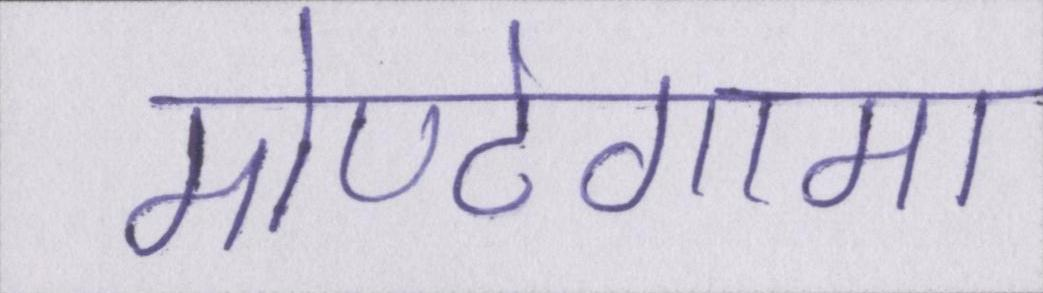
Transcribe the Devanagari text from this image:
मोण्टेगामा